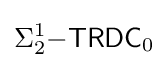
\Sigma _{2}^{1}{\mathsf {-TRDC}}_{0}